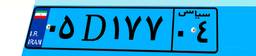
۶۹D۷۴۸۷۸